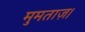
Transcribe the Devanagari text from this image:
मुमताज़।